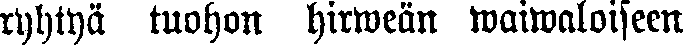
ryhtyä tuohon hirweän waiwaloiseen